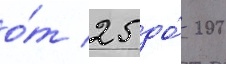
о́т 25 до́ 200